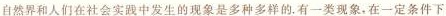
自然界和人们在社会实践中发生的现象是多种多样的。有一类现象，在-定条件下